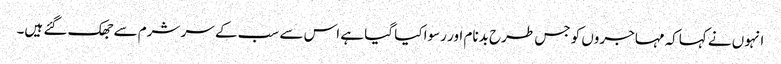
انہوں نے کہاکہ مہاجروں کو جس طرح بدنام اور رسوا کیا گیا ہے اس سے سب کے سر شرم سے جھک گئے ہیں۔